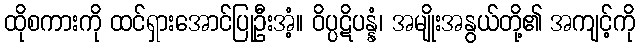
ထိုစကားကို ထင်ရှားအောင်ပြုဦးအံ့။ ဝိပ္ပဋိပန္နံ၊ အမျိုးအနွယ်တို့၏ အကျင့်ကို